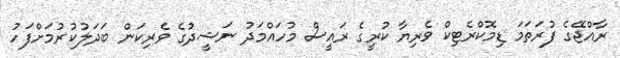
ރާއްޖޭގެ ފުރަތަމަ ޑިމޮކްރެޓިކް ވެރިޔާ ކުރީގެ ރައީސް މުހައްމަދު ނަޝީދުގެ ވެރިކަން ބަދަލުކުރުމަށްފަހު